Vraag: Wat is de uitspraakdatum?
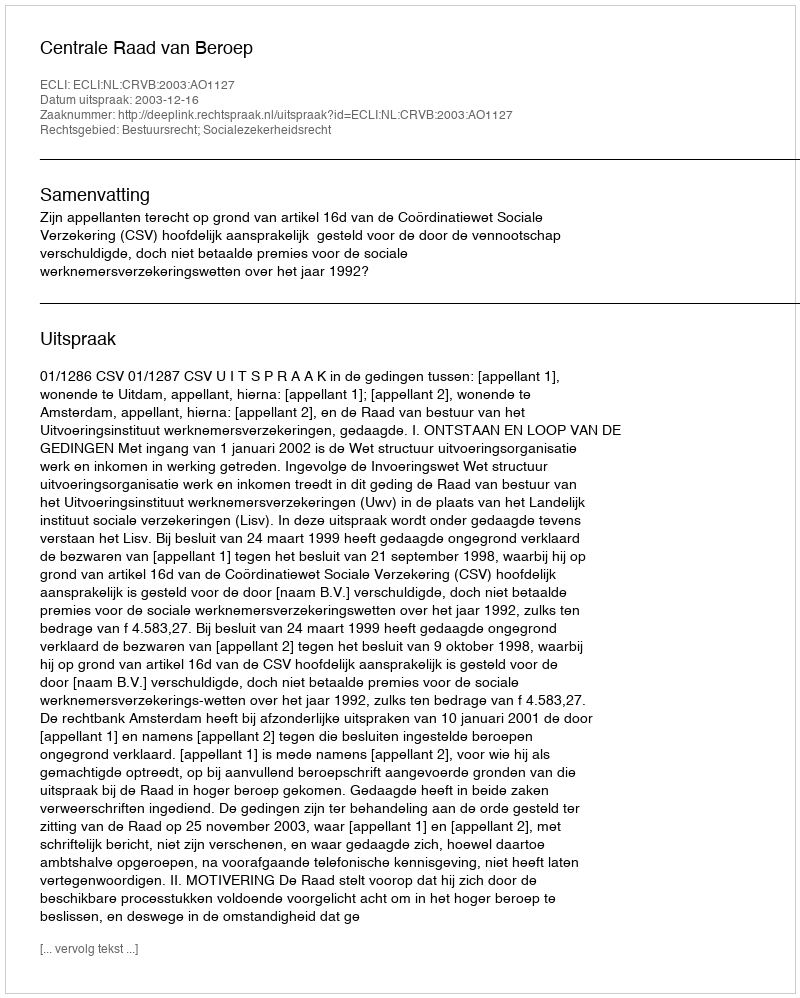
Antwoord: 2003-12-16